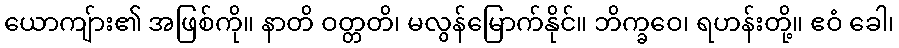
ယောကျ်ား၏ အဖြစ်ကို။ နာတိ ဝတ္တတိ၊ မလွန်မြောက်နိုင်။ ဘိက္ခဝေ၊ ရဟန်းတို့။ ဧဝံ ခေါ၊